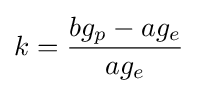
k={\frac {bg_{p}-ag_{e}}{ag_{e}}}